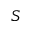
S